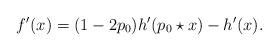
LaTeX: \begin{align*}f'(x) = (1-2p_0) h'(p_0 \star x) - h'(x) .\end{align*}